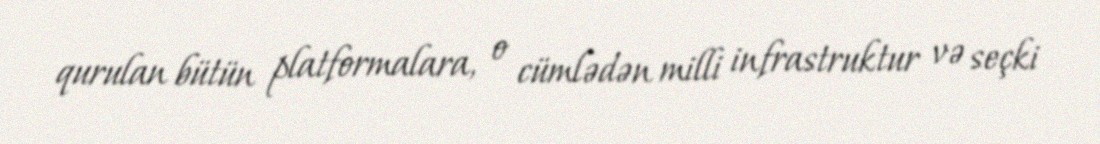
qurulan bütün platformalara, o cümlədən milli infrastruktur və seçki